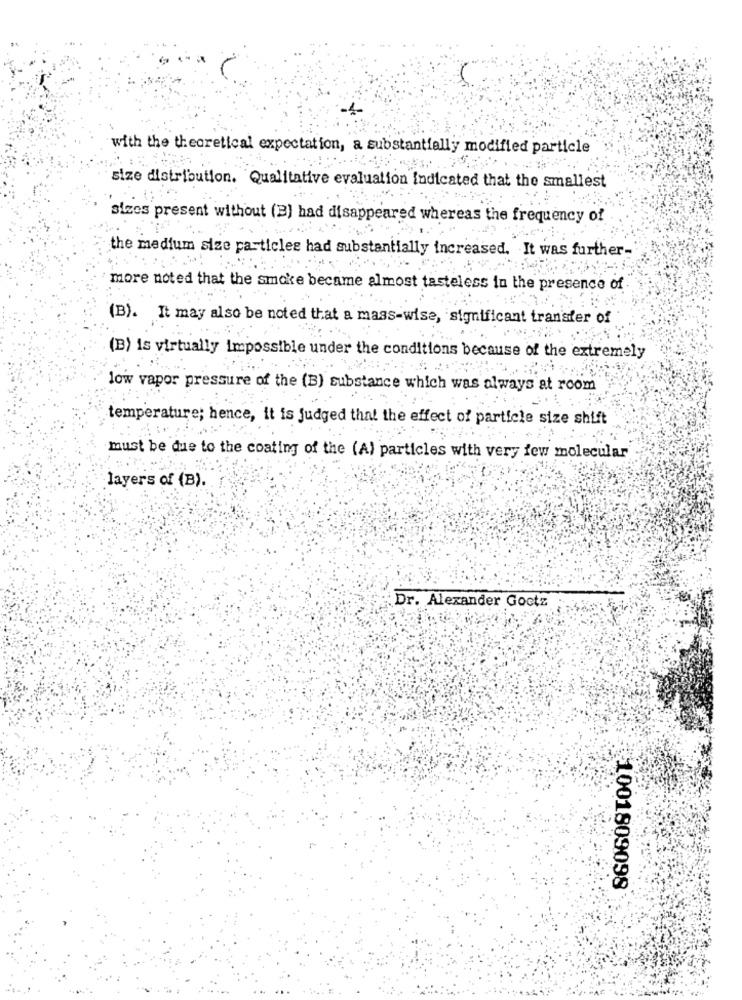
with the theoretical expectation, a substantially modified particle
size distribution. Qualitative evaluation Indicated that the smallest
sizes present without (B) had disappeared whereas the frequency of
the medium size particles had substantially increased. It was further-
more noted that the smoke became almost tasteless in the presence of
(B). It may also be noted that a mass-wise, significant transfer of
(B) is virtually impossible under the conditions because of the extremely
low vapor pressure of the (B) substance which was always at room
temperature; hence, it is judged that the effect of particle size shift
must be due to the coating of the (A) particles with very few molecular
layers of (B).
Dr. Alexander Goctz
1001809098